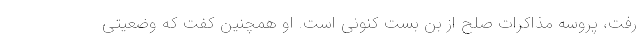
رفت، پروسه مذاکرات صلح از بن بست کنونی است. او همچنین کفت که وضعیتی